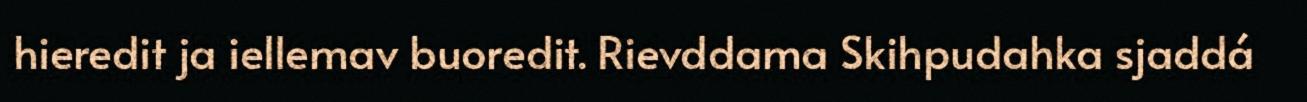
hieredit ja iellemav buoredit. Rievddama Skihpudahka sjaddá